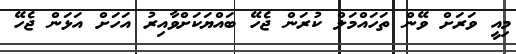
މިއީ ވަރަށް ވޭން ތަހައްމަލް ކުރަން ޖެހޭ ބައްޔަކަށްވާއިރު އަަހަށް އަޅަން ޖެހޭ